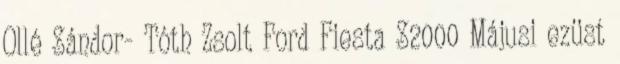
Ollé Sándor- Tóth Zsolt Ford Fiesta S2000 Májusi ezüst